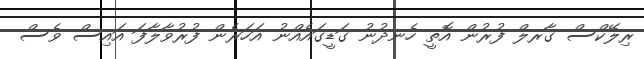
ރިލޭކްސް ގާރލް ފުރުން އޮތީ ހެނދުނު ގަޑީގައެއްނު އަހަރެން ފުރުވާލާފަ އައިސް ވެސް